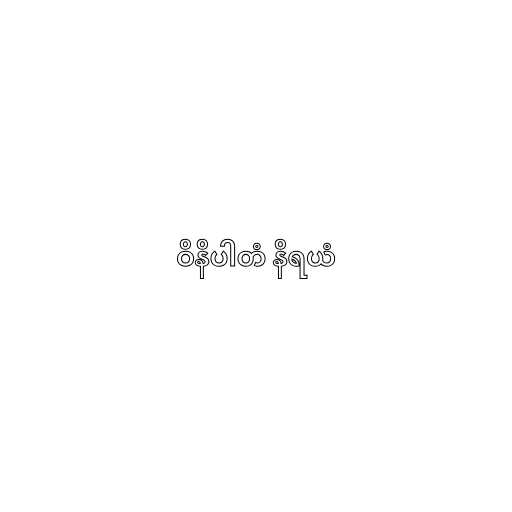
ဝိနိပါတံ နိရယံ